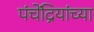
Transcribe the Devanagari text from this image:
पंचेंद्रियांच्या